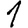
Digit: 1